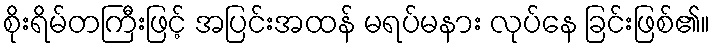
စိုးရိမ်တကြီးဖြင့် အပြင်းအထန် မရပ်မနား လုပ်နေ ခြင်းဖြစ်၏။